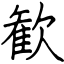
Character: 歓